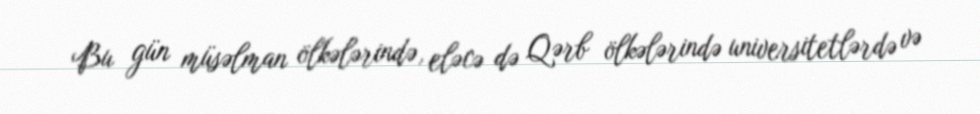
Bu gün müsəlman ölkələrində, eləcə də Qərb ölkələrində universitetlərdə və